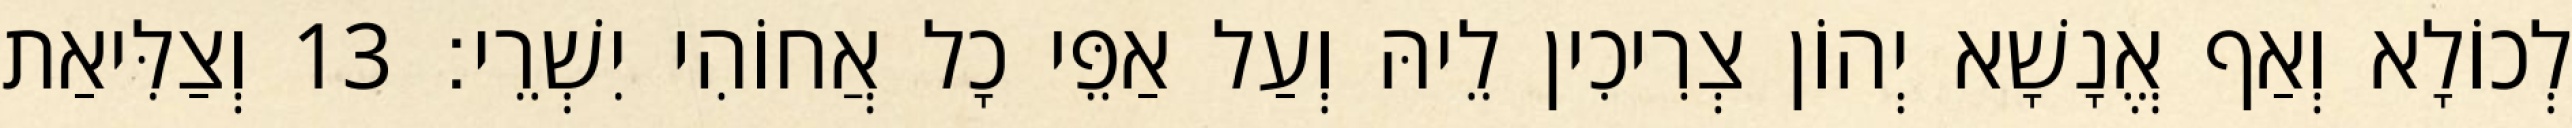
לְכוֹלָא וְאַף אֱנָשָׁא יְהוֹן צְרִיכִין לֵיהּ וְעַל אַפֵּי כָל אֲחוֹהִי יִשְׁרֵי׃ 13 וְצַלִּיאַת